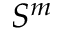
S ^ { m }